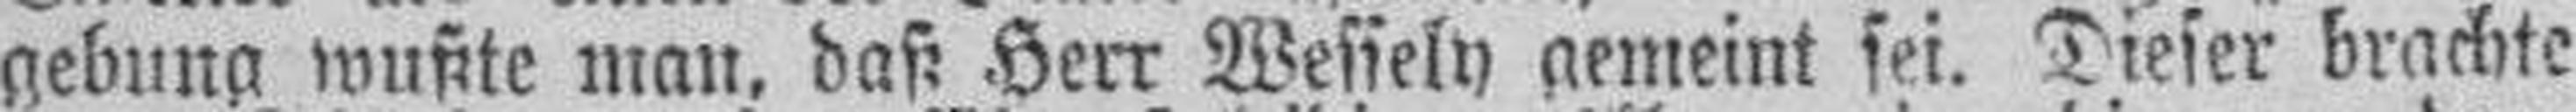
gebung wußte man, daß Herr Wessely gemeint sei. Dieser brachte